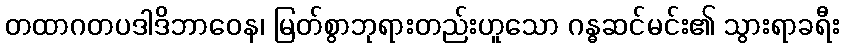
တထာဂတပဒါဒိဘာဝေန၊ မြတ်စွာဘုရားတည်းဟူသော ဂန္ဓဆင်မင်း၏ သွားရာခရီး